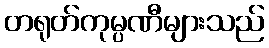
တရုတ်ကုမ္ပဏီများသည်